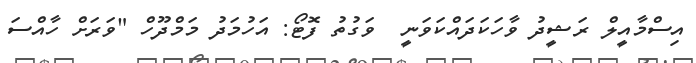
އިސްމާއީލް ރަޝީދު ވާހަކަދައްކަވަނީ  ވަގުތު ފޮޓޯ: އަހުމަދު މަމްދޫހް "ވަރަށް ހާއްސަ